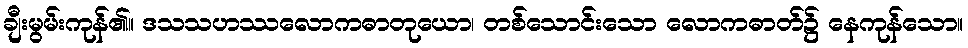
ချီးမွမ်းကုန်၏။ ဒသသဟဿလောကဓာတုယော၊ တစ်သောင်းသော လောကဓာတ်၌ နေကုန်သော။